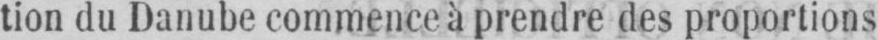
tion du Danube commence à prendre des proportions